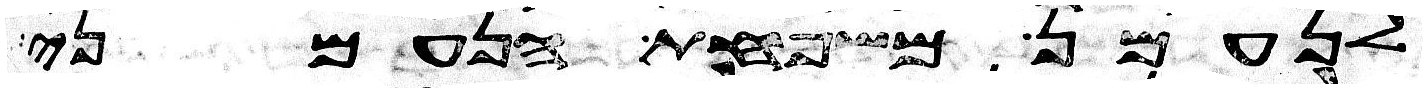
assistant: לנעמן משפחת הנעמני